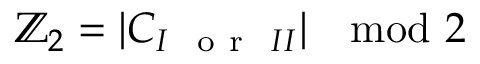
\mathbb { Z } _ { 2 } = | C _ { I ~ \mathrm { ~ o ~ r ~ } ~ I I } | \mod 2